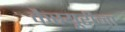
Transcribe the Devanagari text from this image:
कैस्यूरीना